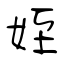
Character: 姪